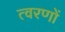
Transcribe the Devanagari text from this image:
त्वरणों